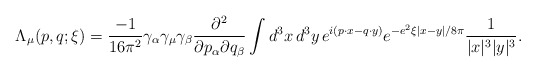
\begin{align*}\Lambda_\mu(p,q;\xi) = \frac{-1}{16\pi^2} \gamma_\alpha \gamma_\mu \gamma_\beta \frac{\partial^2}{\partial p_\alpha \partial q_\beta}\int d^3x\,d^3y\, e^{i(p\cdot x - q\cdot y)} e^{-e^2\xi\left|x-y\right| / 8\pi} \frac{1}{|x|^3 |y|^3}. \end{align*}